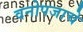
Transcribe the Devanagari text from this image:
वनोपजाचे